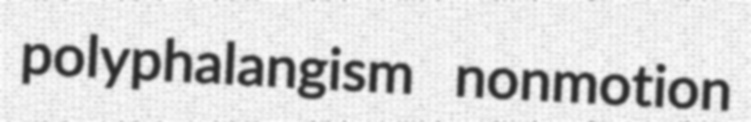
polyphalangism nonmotion